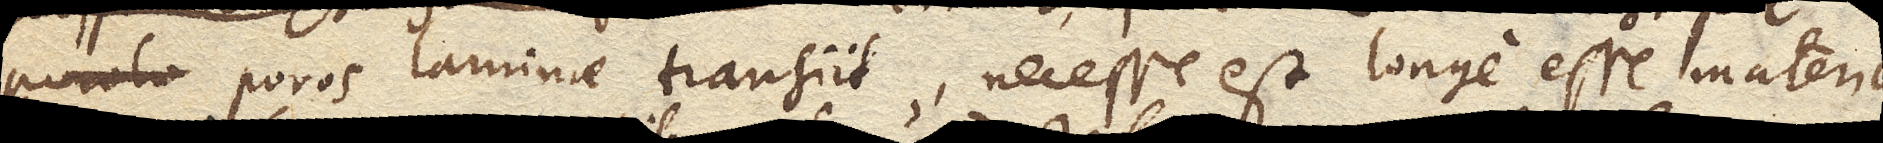
poros laminae transiit, necesse est longe esse materia